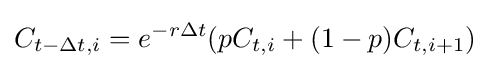
C_{t-\Delta t,i}=e^{-r\Delta t}(pC_{t,i}+(1-p)C_{t,i+1})